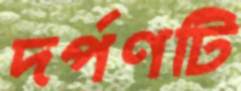
দর্পণটি